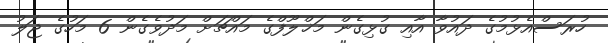
ހުރަސްއެޅުމުގެ ދައުވާ އާއި ގުޅިގެން މަޚްލޫފްގެ މައްޗަށް މަދުވެގެން 6 މަހުގެ ޖަލު